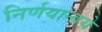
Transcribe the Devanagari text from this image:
निर्णयान्वये